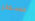
سطر